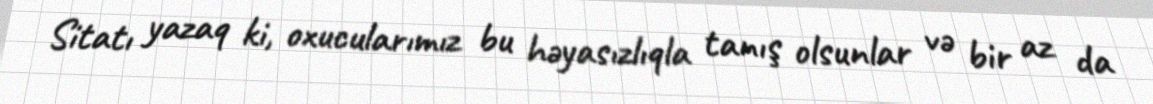
Sitatı yazaq ki, oxucularımız bu həyasızlıqla tanış olsunlar və bir az da